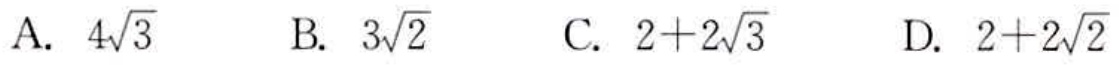
A. \(4\sqrt{3}\)  B. \(3\sqrt{2}\)  C. \(2 + 2\sqrt{3}\)  D. \(2+2\sqrt{2}\)